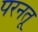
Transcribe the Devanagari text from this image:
परनतू